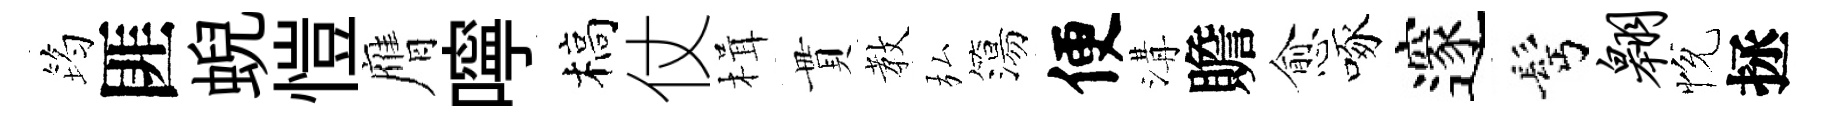
筠匪蜺愷膺嚀槁仗楫貫教弘簜便溝贍愈啄邃髩翱恱拯